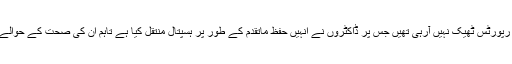
انہوں نے کہا کہ نواز شریف کی کچھ رپورٹس ٹھیک نہیں آرہی تھیں جس پر ڈاکٹروں نے انہیں حفظ ماتقدم کے طور پر ہسپتال منتقل کیا ہے تاہم ان کی صحت کے حوالے سے ایمر جنسی کی صورتحال نہیں ۔